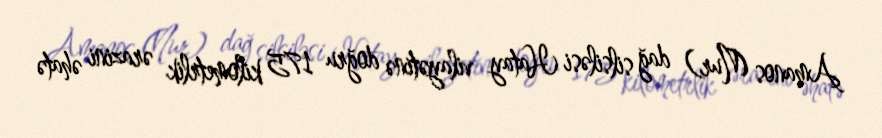
Amanos (Nur) dağ silsiləsi Hatay vilayətinə doğru 175 kilometrlik ərazini əhatə